Investigations on Bengal jail dietaries - Number 37
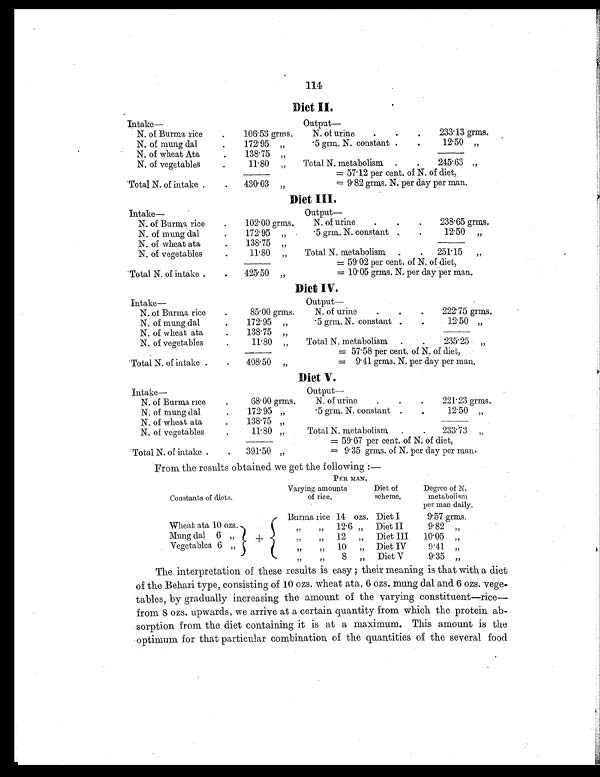
114
Diet II.
Intake—
O u t p u t —
N. of Burma rice
.
106. 53 grms.
N. of urine
. .
.
233.13 grms.
N. of mung dal
.
172. 95 „
.5 grm. N. constant .
.
12.50 „
N. of wheat Ata
.
138.75 „
N. of vegetables
.
11.80
„
Total N. metabolism
.
.
245. 63 „
= 57. 12 per cent. of N. of diet,
Total N. of intake .
.
430. 03
„
= 9.82 grms. N. per day per man.
Diet III.
Intake—
Output
—
N. of Burma rice
. 102. 00 grms.
N. of urine
.
.
.
238. 65
grms.
N. of mung dal
.
172. 95 „
.5 grm. N. constant
.
.
12. 50
„
N. of wheat ata
.
138. 75 „
N. of vegetables
.
11.80
„
Total N. metabolism
.
.
251.15
„
= 59. 02 per cent. of N. of diet,
Total N. of intake .
.
425. 50 „
= 10.05 grms. N. per day per man.
Diet IV.
Intake—
Output—
N. of Burma rice
.
85. 00 grms.
N. of urine
.
.
.
222.75 grms.
N. of mung dal
.
172. 95 „
.5 grm. N. constant .
.
12.50 „
N. of wheat at
.
138. 75 „
N. of vegetables
.
11 . 80 „
Total N. metabolism
.
.
235. 25
„
= 57.58 per cent. of N. of diet,
Total N. of intake .
.
408. 50
„
=
9.41 grms. N. per day per man.
Diet V.
Intake—
Output
—
N. of Burma rice
.
68.00 grms.
N. of urine
.
.
. 221.23 grms.
N. of mung dal
.
172. 95 „
.5 grm. N. constant .
.
12.50
„
N. of wheat ata
.
138. 75 „
N. of vegetables
.
11.80 „
Total N. metabolism
.
.
233 . 73
„
= 59 . 67 per cent. of N. of diet,
Total N. of intake .
.
391.50 „
= 9.35 grms. of N. per day per man.
From the results obtained we get the following :—
PER MAN.
Constants of diets.
Varying amounts
of rice.
Diet of
scheme.
Degree of N.
metabolism
per man daily.
+
Burma rice 14 ozs. Diet I
9.57 grms.
Wheat ata 10 ozs
„
„
12. 6 „
Diet II
9.82 „
Mung
dal
6
„
„ „
12
„
Diet III
10.05
„
Vegetables 6 „
„ „
10
„
Diet IV
9.41
„ „ „
8
„
Diet V
9.35 „
The interpretation of these results is easy ; their meaning is that with a diet
of the Behari type, consisting of 10 ozs. wheat ata, 6 ozs. mung dal and 6 ozs. vege-
tables, by gradually increasing the amount of the varying constituent—rice
— f r o m
8 ozs. upwards, we arrive at a certain quantity from which the protein ab-
sorption from the diet containing it is at a maximum. This amount is the
optimum for that particular combination of the quantities of the several food